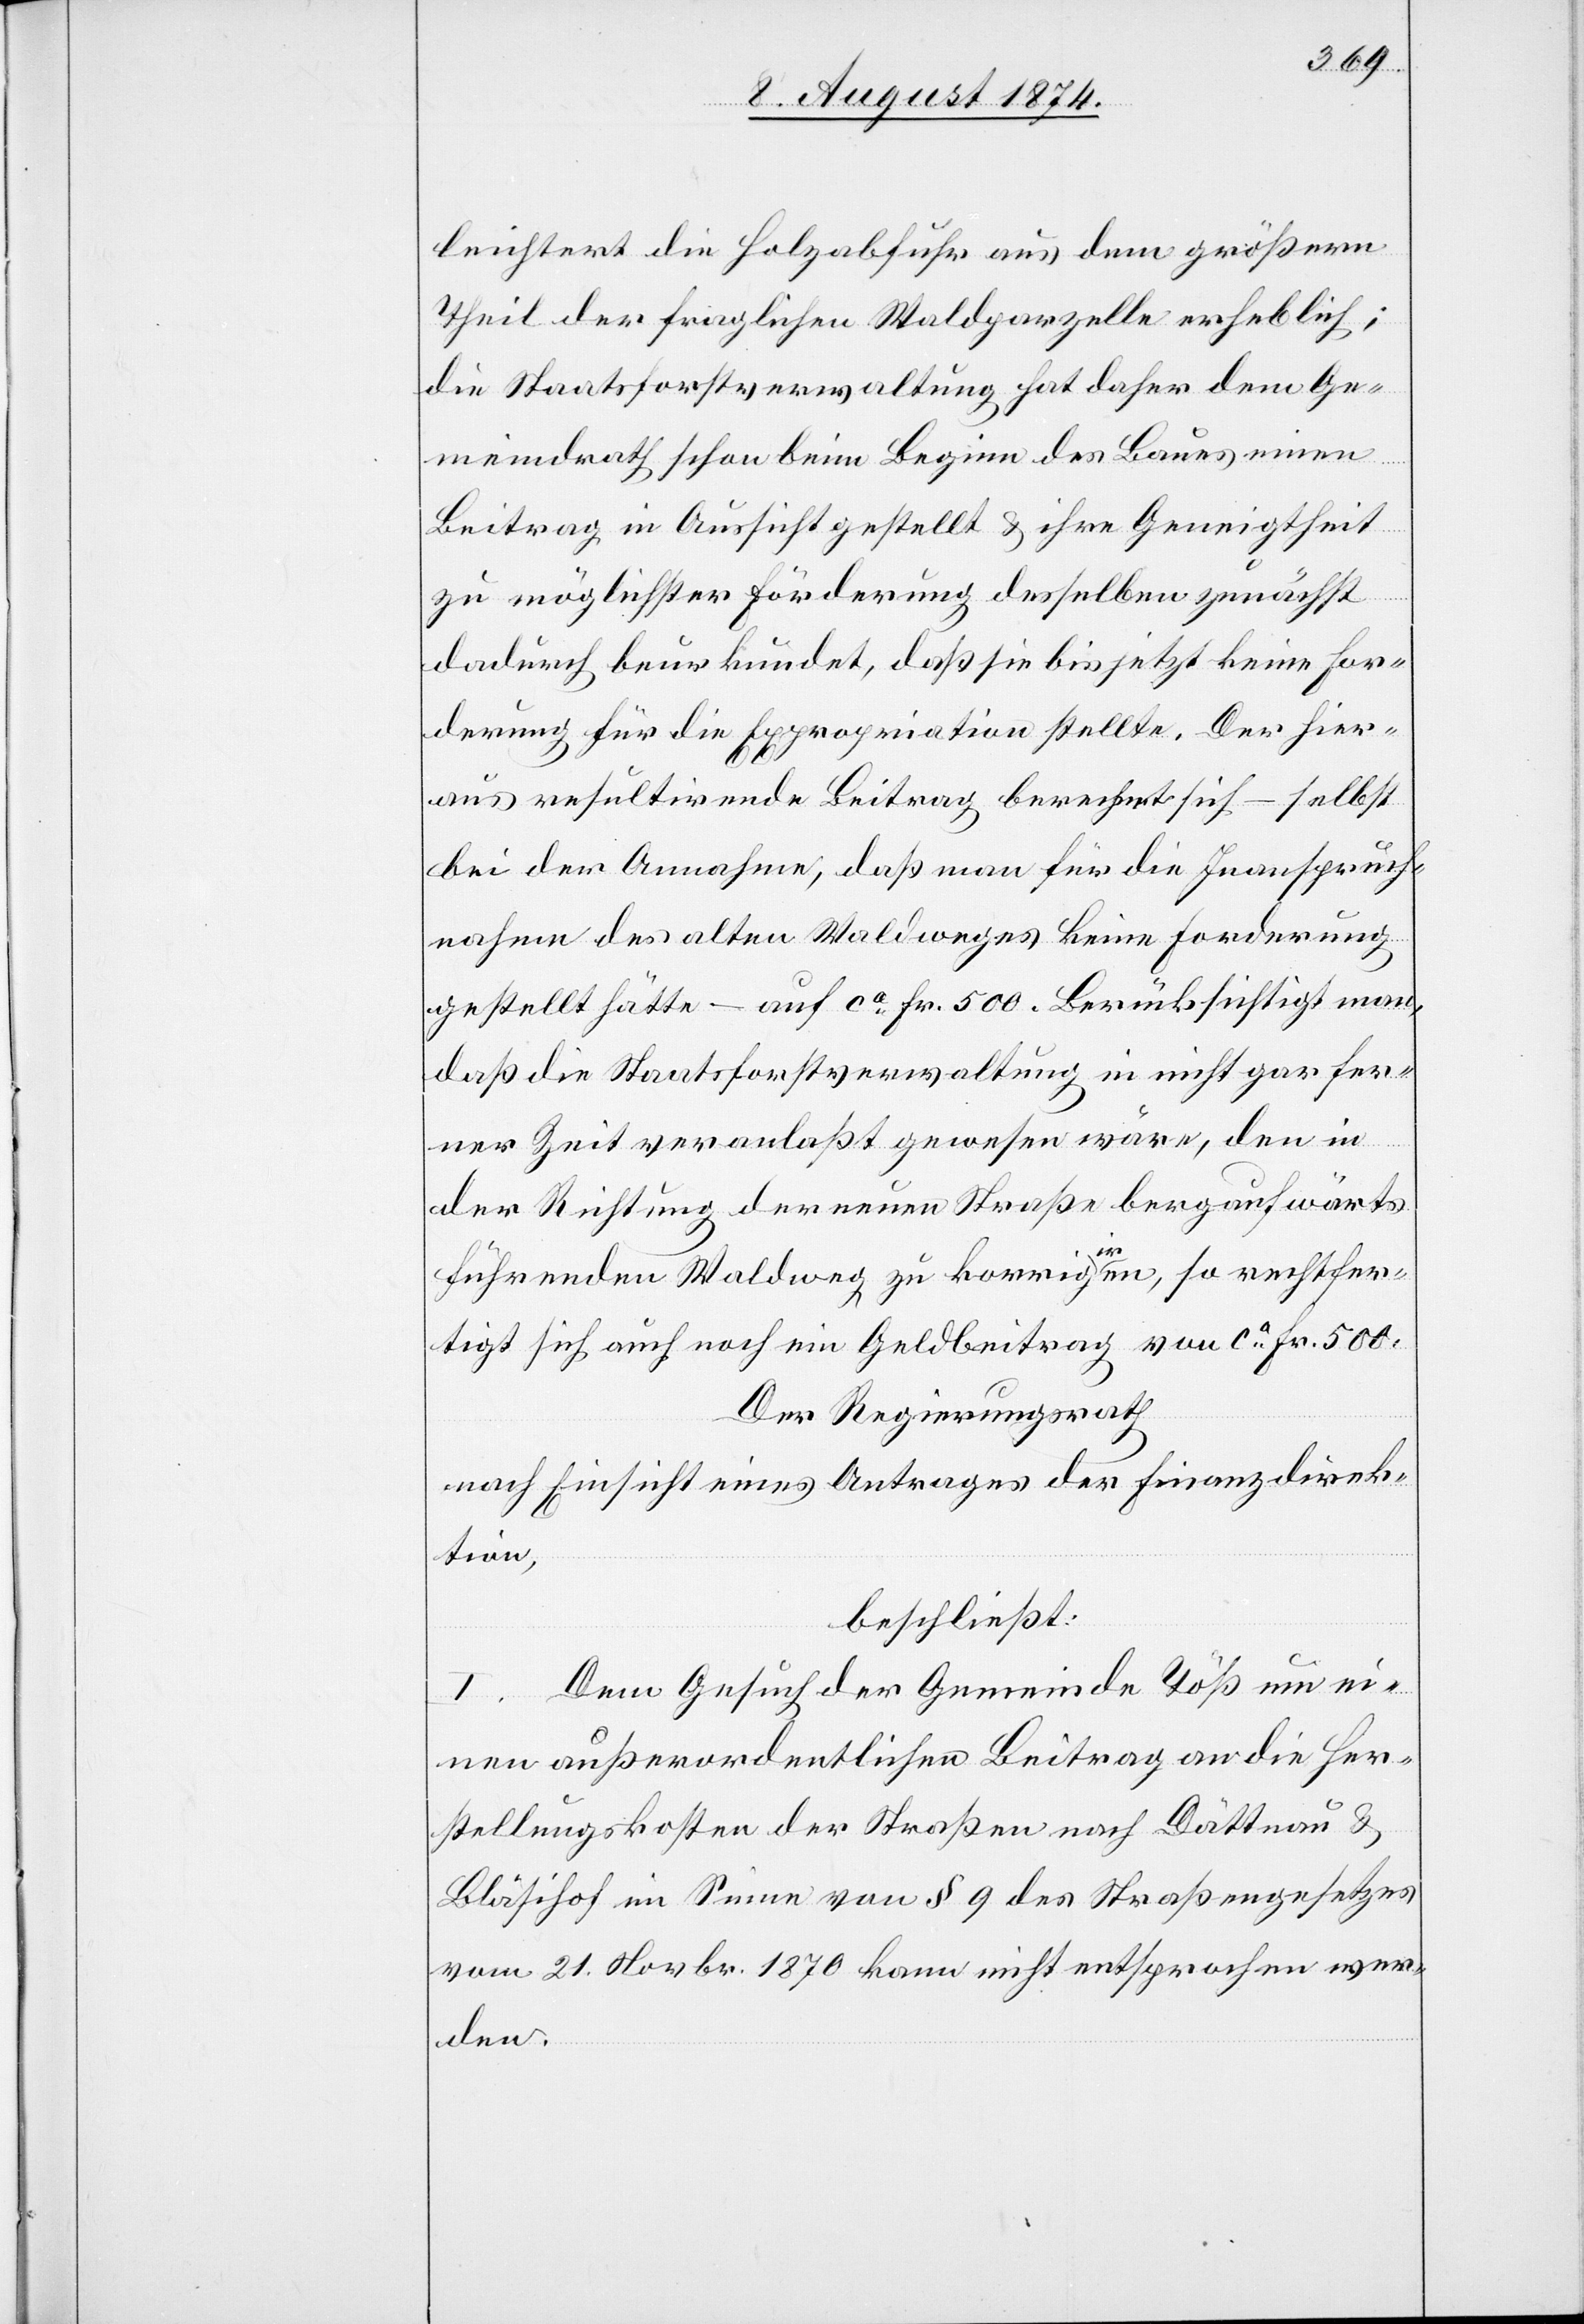
leichtert die Holzabfuhr aus dem größern
Theil der fraglichen Waldparzelle erheblich;
die Staatsforstverwaltung hat daher dem Ge¬
meindrath schon beim Beginn des Baues einen
Beitrag in Aussicht gestellt u. ihre Geneigtheit
zu möglichster Förderung desselben zunächst
dadurch beurkundet, daß sie bis jetzt keine For¬
derung für die Expropriation stellte. Der hier¬
aus resultirende Beitrag berechnet sich – selbst
bei der Annahme, daß man für die Inanspruch¬
nahme des alten Waldweges keine Forderung
gestellt hätte – auf ca Fr. 500. Berücksichtigt man,
daß die Staatsforstverwaltung in nicht gar fer¬
ner Zeit veranlaßt gewesen wäre, den in
der Richtung der neuen Straße bergaufwärts
führenden Waldweg zu korrigiren, so rechtfer¬
tigt sich auch noch ein Geldbeitrag von ca Fr. 500.
Der Regierungsrath
nach Einsicht eines Antrages der Finanzdirek¬
tion,
beschließt:
I. Dem Gesuch der Gemeinde Töß um ei¬
nen außerordentlichen Beitrag an die Her¬
stellungskosten der Straßen nach Dättnau u.
Bläsihof im Sinne von § 9 des Straßengesetzes
vom 21. Novbr. 1870 kann nicht entsprochen wer¬
den.